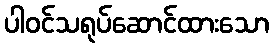
ပါဝင်သရုပ်ဆောင်ထားသော